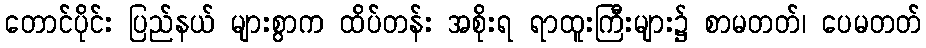
တောင်ပိုင်း ပြည်နယ် များစွာက ထိပ်တန်း အစိုးရ ရာထူးကြီးများ၌ စာမတတ်၊ ပေမတတ်